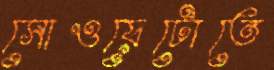
সোওয়েটোতে